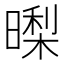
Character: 𭧜